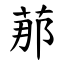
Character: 𦰡